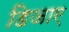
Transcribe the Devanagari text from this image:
डिजाए